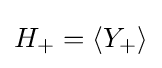
H_{+}=\langle Y_{+}\rangle